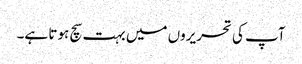
آپ کی تحریروں میں بہت سچ ہوتا ہے۔